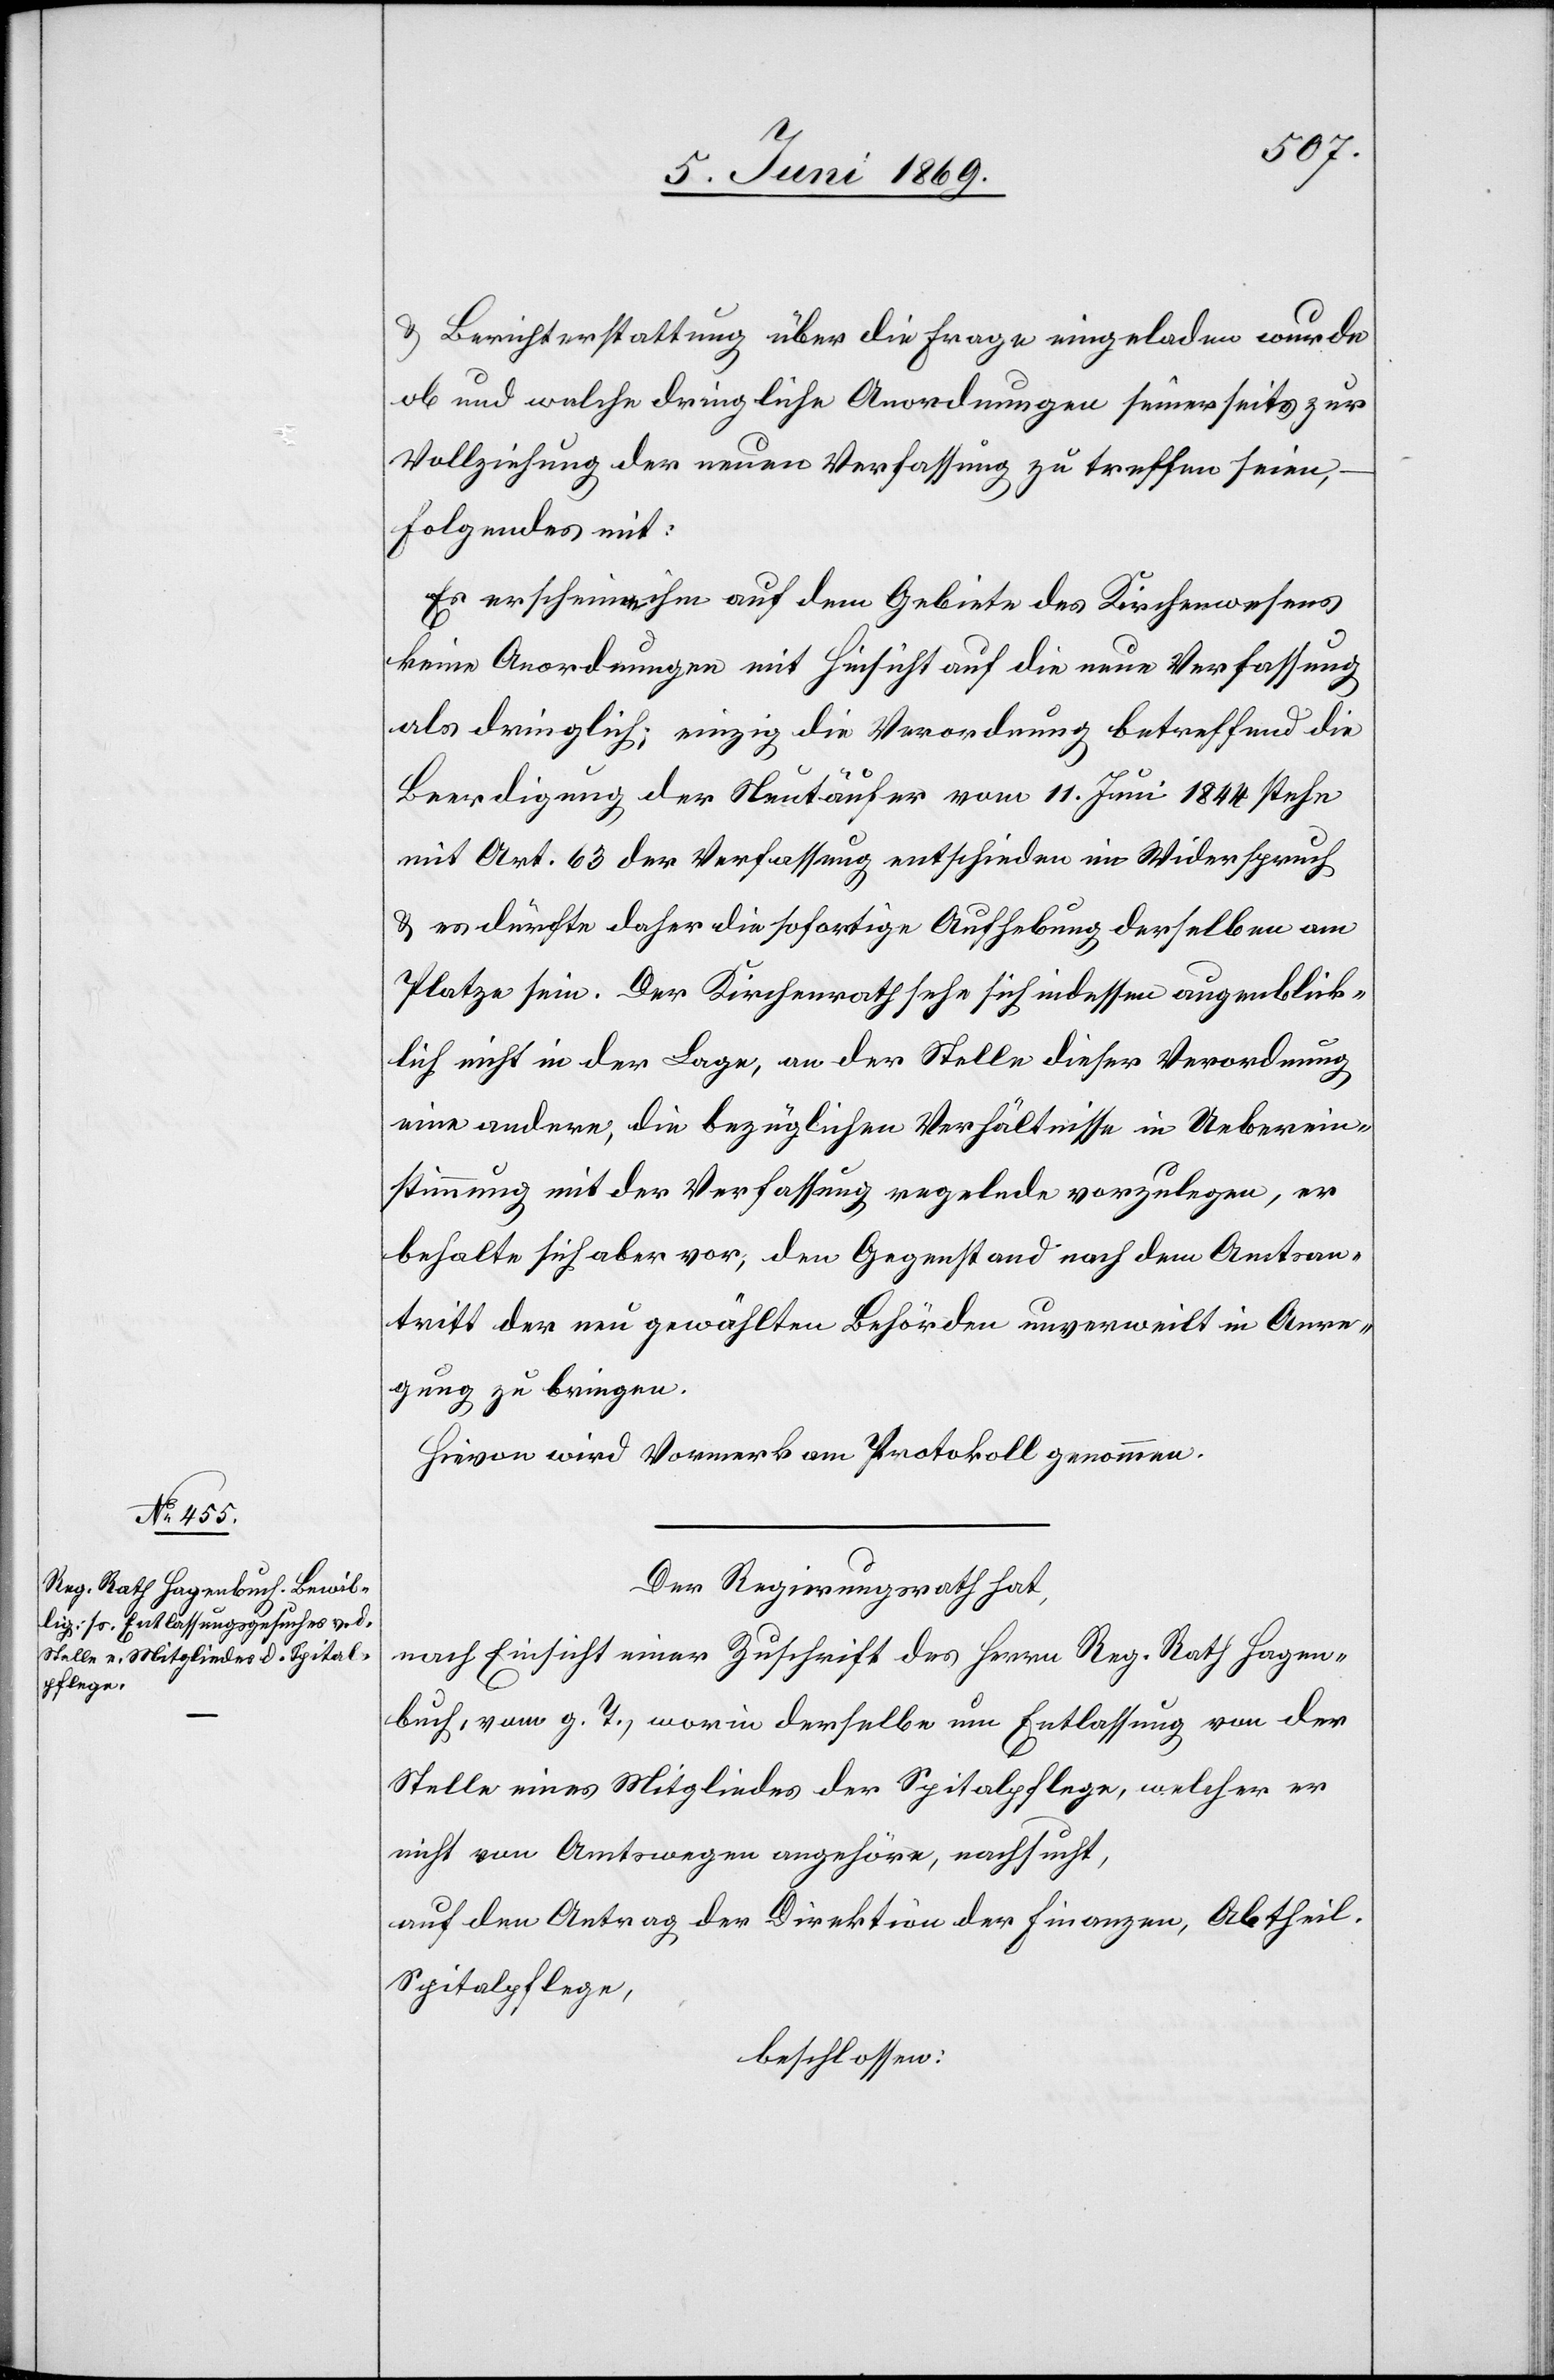
u. Berichterstattung über die Frage eingeladen wurde
ob und welche dringliche Anordnungen seinerseits zur
Vollziehung der neuen Verfassung zu treffen seien,
Folgendes mit:
Er erscheine ihm auf dem Gebiete des Kirchenwesens
keine Anordnungen mit Hinsicht auf die neue Verfassung
als dringlich; einzig die Verordnung betreffend die
Beerdigung der Neutäufer vom 11 Juni 1844 stehe
mit Art. 63 der Verfassung entschieden im Widerspruch
u. es dürfte daher die sofortige Aufhebung derselben am
Platze sein. Der Kirchenrath sehe sich indessen augenblick¬
lich nicht in der Lage, an der Stelle dieser Verordnung
eine andere, die bezüglichen Verhältnisse in Ueberein¬
stimmung mit der Verfassung regelnde vorzulegen, er
behalte sich aber vor, den Gegenstand nach dem Amtsan¬
tritte der neu gewählten Behörden unverweilt in Anre¬
gung zu bringen.
Hievon wird Vormerk am Protokoll genommen.
Der Regierungsrath hat,
nach Einsicht einer Zuschrift des Herrn Reg. Rath Hagen¬
buch, vom g. T., worin derselbe um Entlassung von der
Stelle eines Mitgliedes der Spitalpflege, welcher er
nicht von Amtswegen angehöre, nachgesucht,
auf den Antrag der Direktion der Finanzen, Abtheil.
Spitalpflege,
beschlossen: